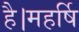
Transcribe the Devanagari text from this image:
है।महर्षि